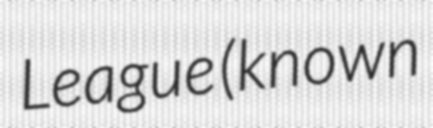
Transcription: League (known